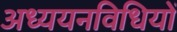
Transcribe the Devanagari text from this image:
अध्ययनविधियों